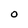
Character: O